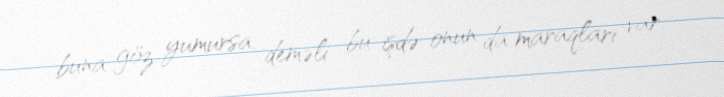
buna göz yumursa, deməli bu işdə onun da maraqları var.